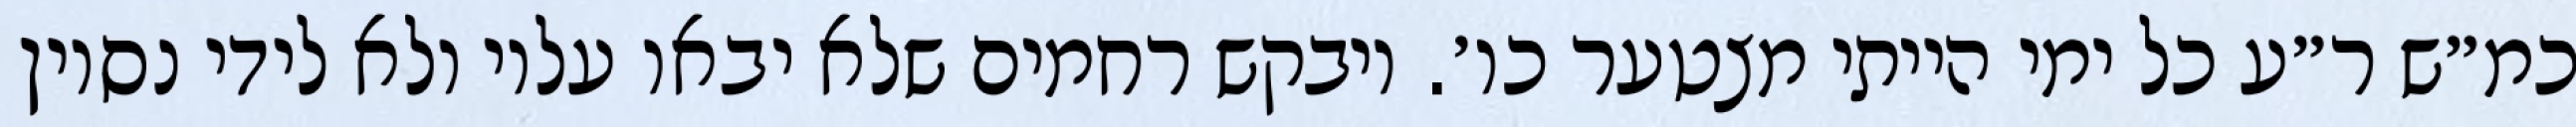
כמ״ש ר״ע כל ימי הייתי מצטער כו׳. ויבקש רחמים שלא יבאו עליו ולא לידי נסיון